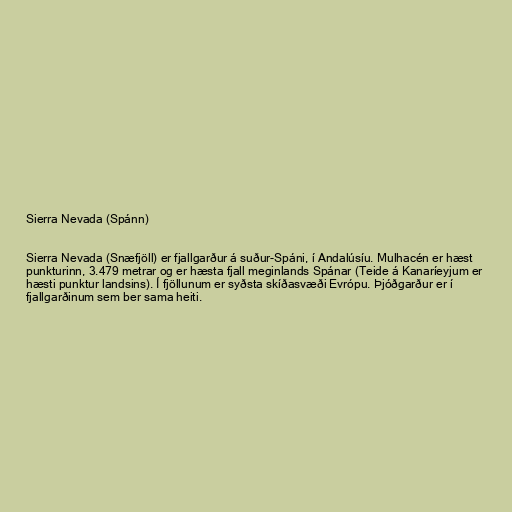
Sierra Nevada (Spánn)

Sierra Nevada (Snæfjöll) er fjallgarður á suður-Spáni, í Andalúsíu. Mulhacén er hæst
punkturinn, 3.479 metrar og er hæsta fjall meginlands Spánar (Teide á Kanaríeyjum er
hæsti punktur landsins). Í fjöllunum er syðsta skíðasvæði Evrópu. Þjóðgarður er í
fjallgarðinum sem ber sama heiti.